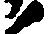
ノ